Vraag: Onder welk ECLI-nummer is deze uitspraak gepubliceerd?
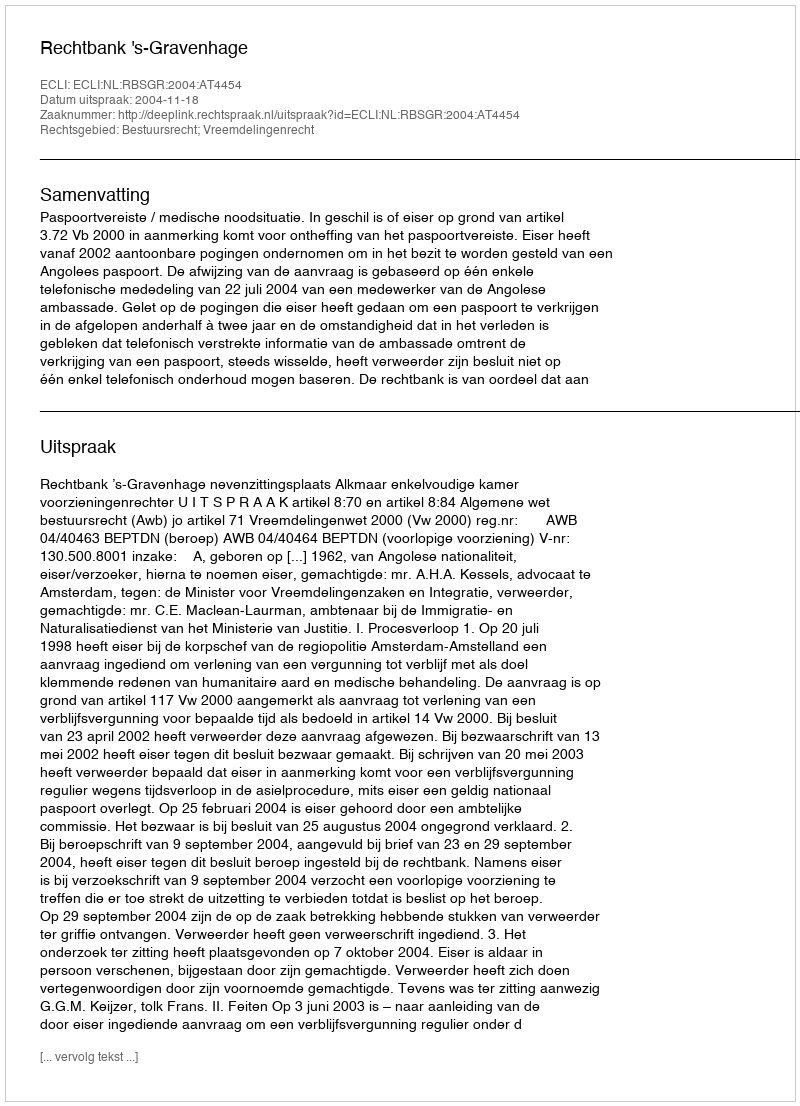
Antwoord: ECLI:NL:RBSGR:2004:AT4454